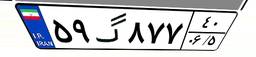
۴۸گ۴۸۳۳۸